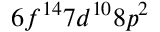
6 f ^ { 1 4 } 7 d ^ { 1 0 } 8 p ^ { 2 }